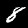
Digit: 8